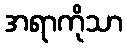
အရာကိုသာ